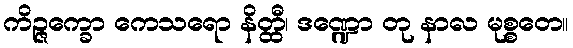
ကိဉ္ဇက္ခော ကေသရော နိတ္ထီ၊ ဒဏ္ဍော တု နာလ မုစ္စတေ။